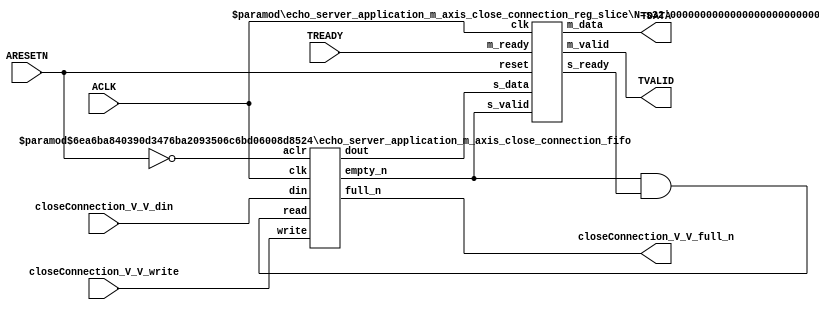
// ==============================================================
// File generated by Vivado(TM) HLS - High-Level Synthesis from C, C++ and SystemC
// Version: 2015.1
// Copyright (C) 2015 Xilinx Inc. All rights reserved.
// 
// ==============================================================


`timescale 1ns/1ps

module echo_server_application_m_axis_close_connection_if (
    // AXI4-Stream singals
    input  wire        ACLK,
    input  wire        ARESETN,
    output wire        TVALID,
    input  wire        TREADY,
    output wire [15:0] TDATA,
    // User signals
    input  wire [15:0] closeConnection_V_V_din,
    output wire        closeConnection_V_V_full_n,
    input  wire        closeConnection_V_V_write
);
//------------------------Local signal-------------------
// FIFO
wire [0:0]  fifo_read;
wire [0:0]  fifo_empty_n;
wire [15:0] closeConnection_V_V_dout;
wire [0:0]  closeConnection_V_V_empty_n;
// register slice
wire [0:0]  s_valid;
wire [0:0]  s_ready;
wire [15:0] s_data;
wire [0:0]  m_valid;
wire [0:0]  m_ready;
wire [15:0] m_data;

//------------------------Instantiation------------------
// rs
echo_server_application_m_axis_close_connection_reg_slice #(
    .N       ( 16 )
) rs (
    .clk     ( ACLK ),
    .reset   ( ARESETN ),
    .s_data  ( s_data ),
    .s_valid ( s_valid ),
    .s_ready ( s_ready ),
    .m_data  ( m_data ),
    .m_valid ( m_valid ),
    .m_ready ( m_ready )
);

// closeConnection_V_V_fifo
echo_server_application_m_axis_close_connection_fifo #(
    .DATA_BITS  ( 16 ),
    .DEPTH_BITS ( 4 )
) closeConnection_V_V_fifo (
    .clk        ( ACLK ),
    .aclr       ( ~ARESETN ),
    .empty_n    ( closeConnection_V_V_empty_n ),
    .full_n     ( closeConnection_V_V_full_n ),
    .read       ( fifo_read ),
    .write      ( closeConnection_V_V_write ),
    .dout       ( closeConnection_V_V_dout ),
    .din        ( closeConnection_V_V_din )
);

//------------------------Body---------------------------
//++++++++++++++++++++++++AXI4-Stream++++++++++++++++++++
assign TVALID = m_valid;
assign TDATA  = m_data[15:0];

//+++++++++++++++++++++++++++++++++++++++++++++++++++++++

//++++++++++++++++++++++++Reigister Slice++++++++++++++++
assign s_valid = fifo_empty_n;
assign m_ready = TREADY;
assign s_data  = {closeConnection_V_V_dout};

//+++++++++++++++++++++++++++++++++++++++++++++++++++++++

//++++++++++++++++++++++++FIFO+++++++++++++++++++++++++++
assign fifo_read    = fifo_empty_n & s_ready;
assign fifo_empty_n = closeConnection_V_V_empty_n;

//+++++++++++++++++++++++++++++++++++++++++++++++++++++++

endmodule



`timescale 1ns/1ps

module echo_server_application_m_axis_close_connection_fifo
#(parameter
    DATA_BITS  = 8,
    DEPTH_BITS = 4
)(
    input  wire                 clk,
    input  wire                 aclr,
    output wire                 empty_n,
    output wire                 full_n,
    input  wire                 read,
    input  wire                 write,
    output wire [DATA_BITS-1:0] dout,
    input  wire [DATA_BITS-1:0] din
);
//------------------------Parameter----------------------
localparam
    DEPTH = 1 << DEPTH_BITS;
//------------------------Local signal-------------------
reg                   empty;
reg                   full;
reg  [DEPTH_BITS-1:0] index;
reg  [DATA_BITS-1:0]  mem[0:DEPTH-1];
//------------------------Body---------------------------
assign empty_n = ~empty;
assign full_n  = ~full;
assign dout    = mem[index];

// empty
always @(posedge clk or posedge aclr) begin
    if (aclr)
        empty <= 1'b1;
    else if (empty & write & ~read)
        empty <= 1'b0;
    else if (~empty & ~write & read & (index==1'b0))
        empty <= 1'b1;
end

// full
always @(posedge clk or posedge aclr) begin
    if (aclr)
        full <= 1'b0;
    else if (full & read & ~write)
        full <= 1'b0;
    else if (~full & ~read & write & (index==DEPTH-2'd2))
        full <= 1'b1;
end

// index
always @(posedge clk or posedge aclr) begin
    if (aclr)
        index <= {DEPTH_BITS{1'b1}};
    else if (~empty & ~write & read)
        index <= index - 1'b1;
    else if (~full & ~read & write)
        index <= index + 1'b1;
end

// mem
always @(posedge clk) begin
    if (~full & write) mem[0] <= din;
end

genvar i;
generate
    for (i = 1; i < DEPTH; i = i + 1) begin : gen_sr
        always @(posedge clk) begin
            if (~full & write) mem[i] <= mem[i-1];
        end
    end
endgenerate

endmodule

`timescale 1ns/1ps

module echo_server_application_m_axis_close_connection_reg_slice
#(parameter
    N = 8   // data width
) (
    // system signals
    input  wire         clk,
    input  wire         reset,
    // slave side
    input  wire [N-1:0] s_data,
    input  wire         s_valid,
    output wire         s_ready,
    // master side
    output wire [N-1:0] m_data,
    output wire         m_valid,
    input  wire         m_ready
);
//------------------------Parameter----------------------
// state
localparam [1:0]
    ZERO = 2'b10,
    ONE  = 2'b11,
    TWO  = 2'b01;
//------------------------Local signal-------------------
reg  [N-1:0] data_p1;
reg  [N-1:0] data_p2;
wire         load_p1;
wire         load_p2;
wire         load_p1_from_p2;
reg          s_ready_t;
reg  [1:0]   state;
reg  [1:0]   next;
//------------------------Body---------------------------
assign s_ready = s_ready_t;
assign m_data  = data_p1;
assign m_valid = state[0];

assign load_p1 = (state == ZERO && s_valid) ||
                 (state == ONE && s_valid && m_ready) ||
                 (state == TWO && m_ready);
assign load_p2 = s_valid & s_ready;
assign load_p1_from_p2 = (state == TWO);

// data_p1
always @(posedge clk) begin
    if (load_p1) begin
        if (load_p1_from_p2)
            data_p1 <= data_p2;
        else
            data_p1 <= s_data;
    end
end

// data_p2
always @(posedge clk) begin
    if (load_p2) data_p2 <= s_data;
end

// s_ready_t
always @(posedge clk) begin
    if (~reset)
        s_ready_t <= 1'b0;
    else if (state == ZERO)
        s_ready_t <= 1'b1;
    else if (state == ONE && next == TWO)
        s_ready_t <= 1'b0;
    else if (state == TWO && next == ONE)
        s_ready_t <= 1'b1;
end

// state
always @(posedge clk) begin
    if (~reset)
        state <= ZERO;
    else
        state <= next;
end

// next
always @(*) begin
    case (state)
        ZERO:
            if (s_valid & s_ready)
                next = ONE;
            else
                next = ZERO;
        ONE:
            if (~s_valid & m_ready)
                next = ZERO;
            else if (s_valid & ~m_ready)
                next = TWO;
            else
                next = ONE;
        TWO:
            if (m_ready)
                next = ONE;
            else
                next = TWO;
        default:
            next = ZERO;
    endcase
end

endmodule